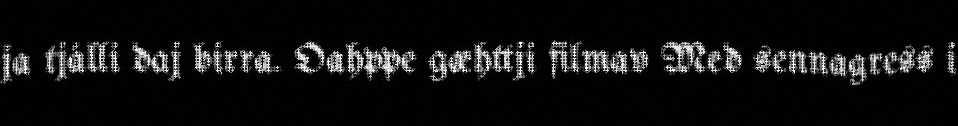
ja tjálli daj birra. Oahppe gæhttji filmav Med sennagress i